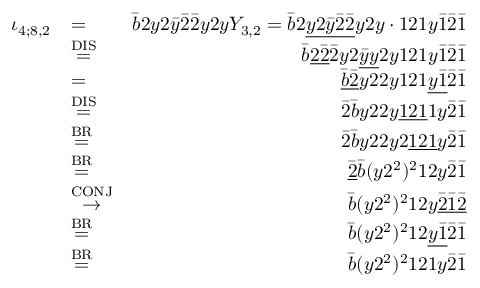
\begin{array} { r l r } { \iota _ { 4 ; 8 , 2 } } & { = } & { \bar { b } 2 y 2 \bar { y } \bar { 2 } \bar { 2 } y 2 y Y _ { 3 , 2 } = \bar { b } 2 \underline { { y 2 \bar { y } \bar { 2 } \bar { 2 } } } y 2 y \cdot 1 2 1 y \bar { 1 } \bar { 2 } \bar { 1 } } \\ & { \stackrel { \mathrm { D I S } } { = } } & { \bar { b } \underline { { 2 \bar { 2 } } } \bar { 2 } y 2 \underline { { \bar { y } y } } 2 y 1 2 1 y \bar { 1 } \bar { 2 } \bar { 1 } } \\ & { = } & { \underline { { \bar { b } \bar { 2 } } } y 2 2 y 1 2 1 \underline { { y \bar { 1 } } } \bar { 2 } \bar { 1 } } \\ & { \stackrel { \mathrm { D I S } } { = } } & { \bar { 2 } \bar { b } y 2 2 y \underline { { 1 2 1 } } 1 y \bar { 2 } \bar { 1 } } \\ & { \stackrel { \mathrm { B R } } { = } } & { \bar { 2 } \bar { b } y 2 2 y 2 \underline { { 1 2 1 } } y \bar { 2 } \bar { 1 } } \\ & { \stackrel { \mathrm { B R } } { = } } & { \underline { { \bar { 2 } } } \bar { b } ( y 2 ^ { 2 } ) ^ { 2 } 1 2 y \bar { 2 } \bar { 1 } } \\ & { \stackrel { \mathrm { C O N J } } { \to } } & { \bar { b } ( y 2 ^ { 2 } ) ^ { 2 } 1 2 y \underline { { \bar { 2 } \bar { 1 } \bar { 2 } } } } \\ & { \stackrel { \mathrm { B R } } { = } } & { \bar { b } ( y 2 ^ { 2 } ) ^ { 2 } 1 2 \underline { { y \bar { 1 } } } \bar { 2 } \bar { 1 } } \\ & { \stackrel { \mathrm { B R } } { = } } & { \bar { b } ( y 2 ^ { 2 } ) ^ { 2 } 1 2 1 y \bar { 2 } \bar { 1 } } \end{array}